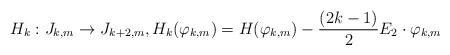
LaTeX: \begin{align*}H_{k}:J_{k,m}\to J_{k+2,m}, H_{k}(\varphi_{k,m})=H(\varphi_{k,m})-\frac{(2k-1)}{2}E_2\cdot\varphi_{k,m}\end{align*}